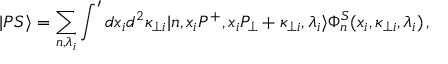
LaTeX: | P S \rangle = \sum _ { n , \lambda _ { i } } \int ^ { \prime } d x _ { i } d ^ { 2 } \kappa _ { \bot i } | n , x _ { i } P ^ { + } , x _ { i } P _ { \bot } + \kappa _ { \bot i } , \lambda _ { i } \rangle \Phi _ { n } ^ { S } ( x _ { i } , \kappa _ { \bot i } , \lambda _ { i } ) \, ,